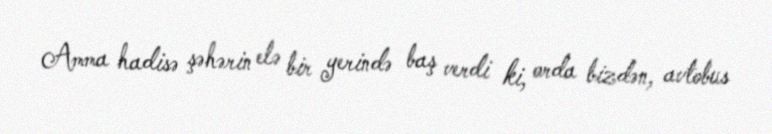
Amma hadisə şəhərin elə bir yerində baş verdi ki, orda bizdən, avtobus